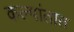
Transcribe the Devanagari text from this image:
कल्पांतात